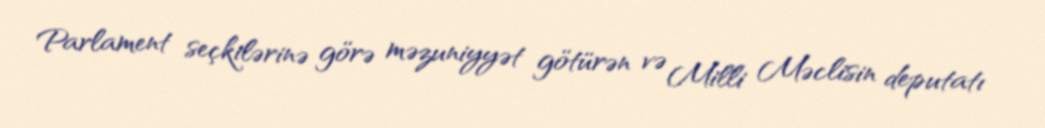
Parlament seçkilərinə görə məzuniyyət götürən və Milli Məclisin deputatı